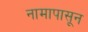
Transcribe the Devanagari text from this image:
नामापासून